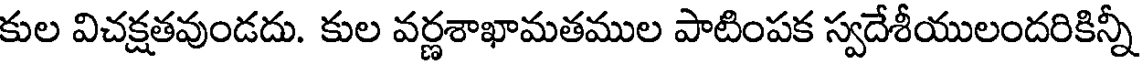
కుల విచక్షతవుండదు. కుల వర్ణశాఖామతముల పాటింపక స్వదేశీయులందరికిన్నీ